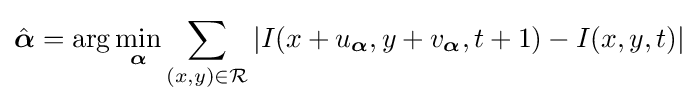
{\hat {\boldsymbol {\alpha }}}=\arg \min _{\boldsymbol {\alpha }}\sum _{(x,y)\in {\mathcal {R}}}|I(x+u_{\boldsymbol {\alpha }},y+v_{\boldsymbol {\alpha }},t+1)-I(x,y,t)|